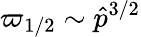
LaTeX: \varpi_{1/2}\sim\hat{p}^{3/2}